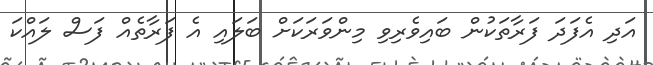
އަދި އެފަދަ ފަރާތަކުން ބައިވެރިވި މިންވަރަކަށް ބަލައި އެ ފަރާތެއް ފަސް ލަައްކަ